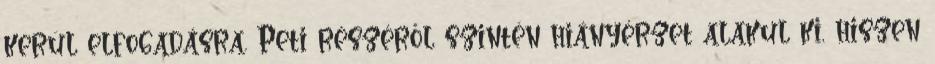
kerül elfogadásra. Peti részéről szintén hiányérzet alakul ki, hiszen